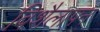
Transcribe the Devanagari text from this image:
विशैलापन